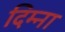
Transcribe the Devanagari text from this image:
दिम्ना